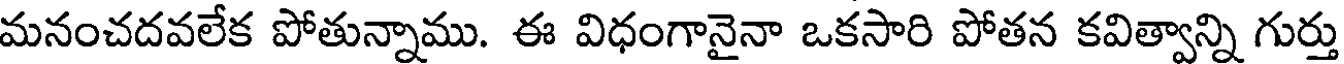
మనంచదవలేక పోతున్నాము. ఈ విధంగానైనా ఒకసారి పోతన కవిత్వాన్ని గుర్తు